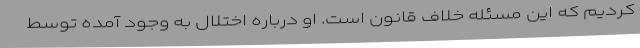
کردیم که این مسئله خلاف قانون است. او درباره اختلال به وجود آمده توسط